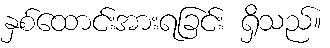
နှစ်ထောင်းအားရခြင်း ရှိသည်။